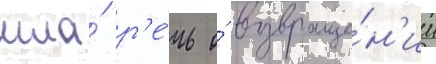
шла́ р'е́чь о́ возвраще́н'ии